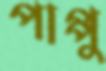
পাপ্পু